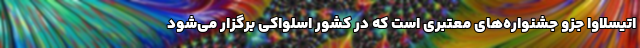
اتیسلاوا جزو جشنواره‌های معتبری است که در کشور اسلواکی برگزار می‌شود